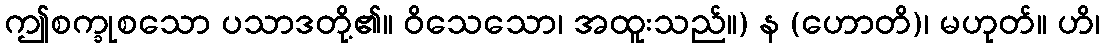
ဤစက္ခုစသော ပသာဒတို့၏။ ဝိသေသော၊ အထူးသည်။) န (ဟောတိ)၊ မဟုတ်။ ဟိ၊